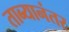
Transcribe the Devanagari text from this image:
ताब्यानंतर